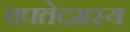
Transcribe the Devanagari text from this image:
वपतेदमस्य